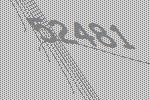
52481